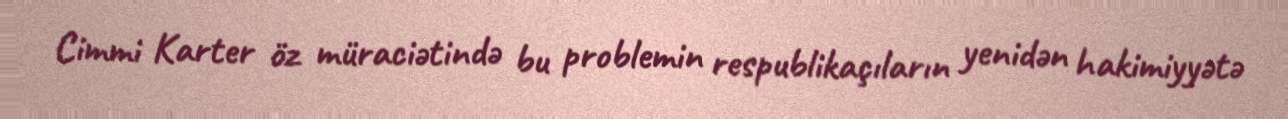
Cimmi Karter öz müraciətində bu problemin respublikaçıların yenidən hakimiyyətə